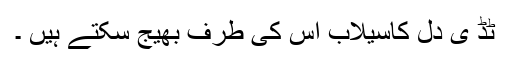
ٹڈ ی دَل کاسیلاب اس کی طرف بھیج سکتے ہیں ۔